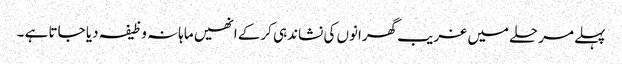
پہلے مرحلے میں غریب گھرانوں کی نشاندہی کرکے انھیں ماہانہ وظیفہ دیا جاتا ہے ۔